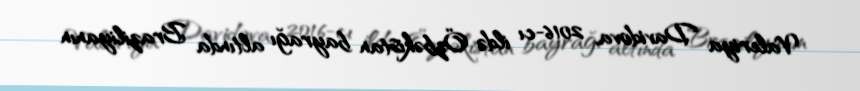
Valeriya Davidova, 2016-cı ildə Özbəkistan bayrağı altında Braziliyanın